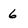
Character: 6